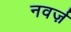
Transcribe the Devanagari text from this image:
नवर्ज़